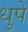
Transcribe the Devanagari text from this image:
धुपे